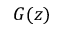
G ( z )